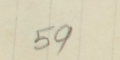
59